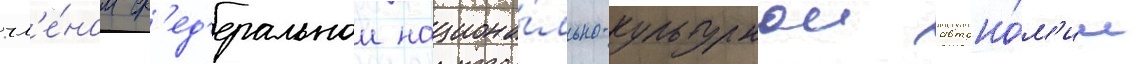
чл'е́ном ф'ед'еральнои национа́льно-культурнои автоно́м'ии